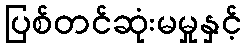
ပြစ်တင်ဆုံးမမှုနှင့်